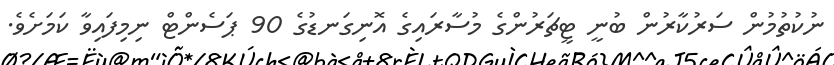
ނުކުތުމުން ސަރުކާރުން ބުނީ ޓީޗަރުންގެ މުސާރައިގެ އޮނިގަނޑުގެ 90 ޕަސެންޓް ނިމިފައިވާ ކަމަށެވެ.